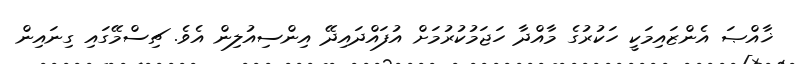
ޚާއްޞަ އެންޒައިމަކީ ހަކުރުގެ މާއްދާ ހަޖަމުކުރުމަށް އުފައްދައިދޭ އިންސިއުލިން އެވެ. ޗިސްމޭގައި ގިނައިން